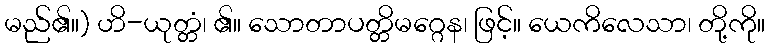
မည်၏။) ဟိ-ယုတ္တံ၊ ၏။ သောတာပတ္တိမဂ္ဂေန၊ ဖြင့်။ ယေကိလေသာ၊ တို့ကို။